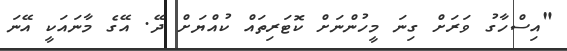
"އިސްހާގު ވަރަށް ގިނަ މީހުންނަށް ކޮޓަރިތައް ކުއްޔަށް ދޭ. އޭގެ މާނައަކީ އޭނަ